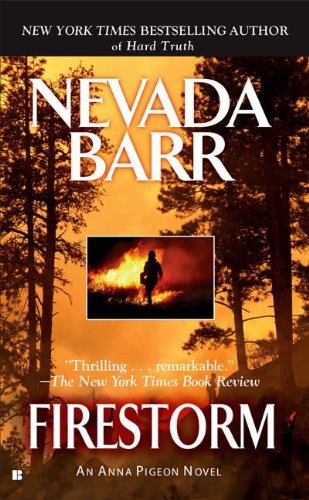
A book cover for Firestorm (Anna Pigeon); Nevada Barr; Literature & Fiction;